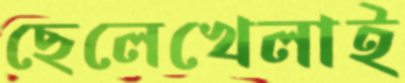
ছেলেখেলাই